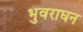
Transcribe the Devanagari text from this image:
भुवराघन